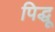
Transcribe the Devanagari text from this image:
पिद्धू